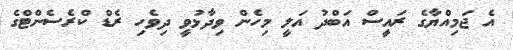
އެ ޖަމިއްޔާގެ ރައީސް އަބްދު އަލީ މިހެން ވިދާޅުވީ ދިވެހި ރެޑް ކްރެސެންޓްގެ